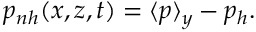
\begin{array} { r } { p _ { n h } ( x , z , t ) = \langle p \rangle _ { y } - p _ { h } . } \end{array}